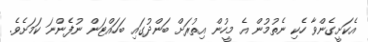
އެކަށީގެންވާ ހެކި ނެތުމުން އެ މީހުން އިތުރަށް ބަންދުގައި ބަހައްޓަން ނުފެންނަ ކަމަށެވެ.